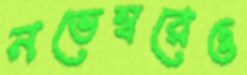
নভেম্বরেও